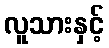
လူသားနှင့်